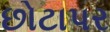
છોટાપર